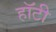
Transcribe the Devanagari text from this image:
हॉटी